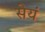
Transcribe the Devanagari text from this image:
सेयं